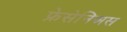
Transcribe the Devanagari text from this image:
फ्रेसेनिअस